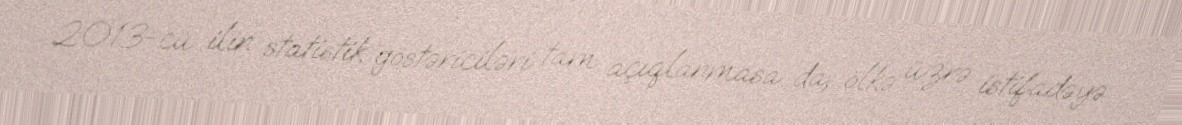
2013-cü ilin statistik göstəriciləri tam açıqlanmasa da, ölkə üzrə istifadəyə